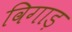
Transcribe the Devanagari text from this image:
विगाड़